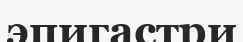
эпигастри